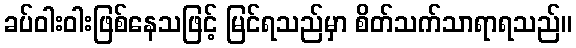
ခပ်ဝါးဝါးဖြစ်နေသဖြင့် မြင်ရသည်မှာ စိတ်သက်သာရာရသည်။